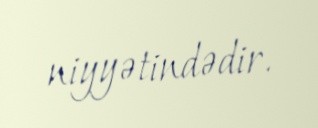
niyyətindədir.